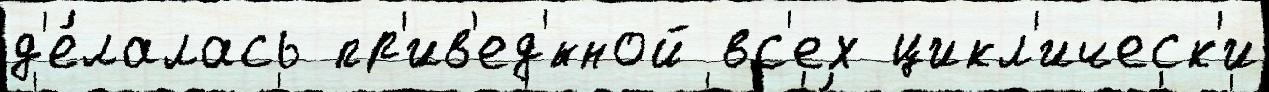
д'е́лалась пр'ив'ед'́нной вс'ех цикл'ическ'и